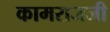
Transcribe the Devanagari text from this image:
कामराजजी